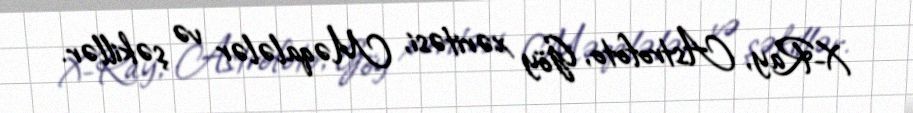
X-Ray, Astrofoto, Göy xəritəsi, Məqalələr və şəkillər.